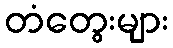
တံတွေးများ